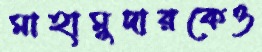
মাহামুদারকেও